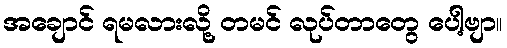
အချောင် ရမလားလို့ တမင် လုပ်တာတွေ ပေါ့ဗျာ။